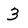
Character: 3